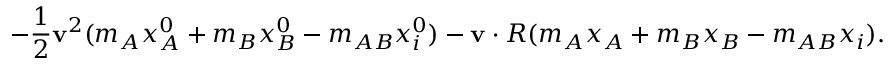
- \frac { 1 } { 2 } { \bf v } ^ { 2 } ( m _ { A } x _ { A } ^ { 0 } + m _ { B } x _ { B } ^ { 0 } - m _ { A B } x _ { i } ^ { 0 } ) - { \bf v } \cdot R ( m _ { A } x _ { A } + m _ { B } x _ { B } - m _ { A B } x _ { i } ) .